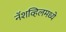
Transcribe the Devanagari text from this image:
नॅशव्हिलमध्ये